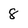
Character: 8